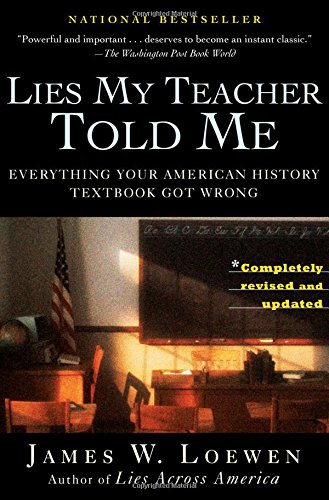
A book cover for Lies My Teacher Told Me: Everything Your American History Textbook Got Wrong; James W. Loewen; Education & Teaching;